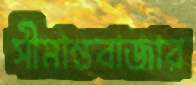
সীমান্তবাজার